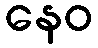
နေဝ